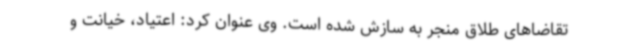
تقاضاهای طلاق منجر به سازش شده است. وی عنوان کرد: اعتیاد، خیانت و